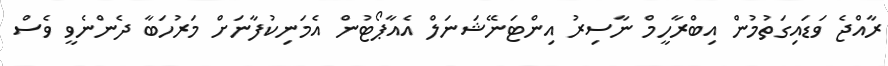
ރާއްޖެ ވަޑައިގަތުމުން އިބްރާހީމް ނާސިރު އިންޓަނޭޝަނަލް އެއާޕޯޓުން އެމަނިކުފާނަށް މަރުހަބާ ދެންނެވީ ވެސް